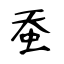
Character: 蚕